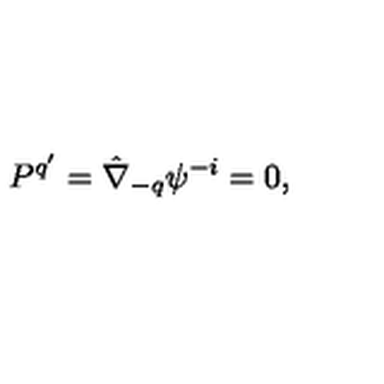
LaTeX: P ^ { q ^ { \prime } } = \hat { \nabla } _ { - q } \psi ^ { - i } = 0 ,